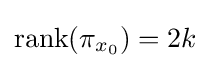
\mathrm {rank} (\pi _{x_{0}})=2k